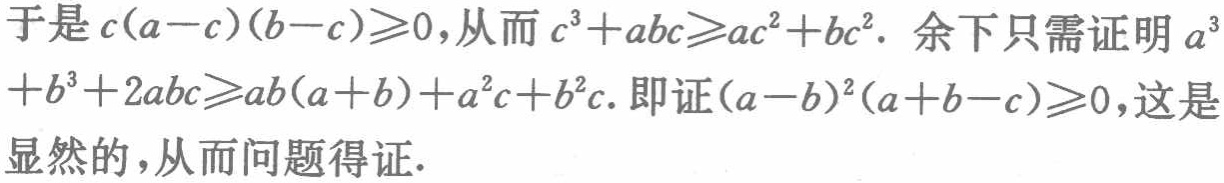
于是 \(c(a - c)(b - c)\geqslant0\)，从而 \(c^{3}+abc\geqslant ac^{2}+bc^{2}\). 余下只需证明 \(a^{3}+b^{3}+2abc\geqslant ab(a + b)+a^{2}c + b^{2}c\). 即证 \((a - b)^{2}(a + b - c)\geqslant0\)，这是显然的，从而问题得证.